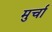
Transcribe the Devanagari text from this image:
मुर्चा